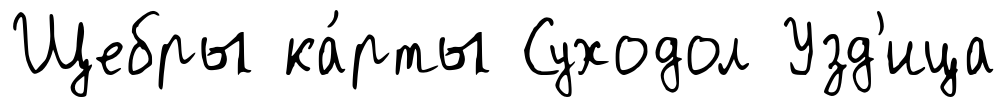
Щебры ка́рты Суходол Узд'ица